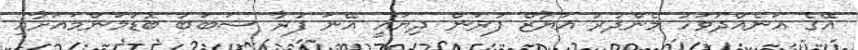
އޭގެ އަނެއްދުވަހު މެންދުރު އަޔާޒް ފުރަން ދިޔައީ އޭނަ ފުރާ ސަބަބު ބޮޑުމަންމައަށާއި